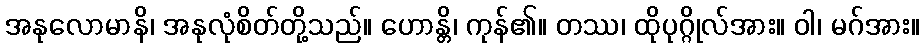
အနုလောမာနိ၊ အနုလုံစိတ်တို့သည်။ ဟောန္တိ၊ ကုန်၏။ တဿ၊ ထိုပုဂ္ဂိုလ်အား။ ဝါ၊ မဂ်အား။